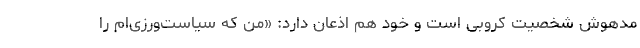
مدهوش شخصیت کروبی است و خود هم اذعان دارد: «من که سیاست‌ورزی‌ام را